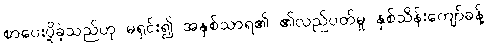
စာပေးပို့ခဲ့သည်ဟု မရှင်း၍ အနှစ်သာရ၏ ၏လည်ပတ်မှု နှစ်သိန်းကျော်ခန့်